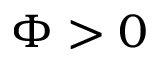
\Phi > 0